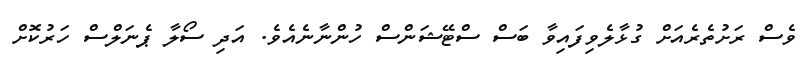
ވެސް ރަށުތެރެއަށް ގުޅާލެވިފައިވާ ބަސް ސްޓޭޝަންސް ހުންނާނެއެވެ. އަދި ސޯލާ ޕެނަލްސް ހަރުކޮށް